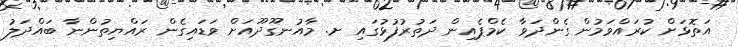
އަތޮޅަށް ކުރައްވަމުން ގެންދަވާ ކެމްޕެއިން ދަތުރުފުޅުގައި ށ. މާއުނގޫދޫއަށް ވަޑައިގެން ރައްޔިތުންނާ ބައްދަލު